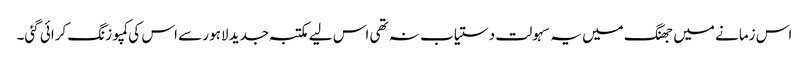
اس زمانے میں جھنگ میں یہ سہولت دستیاب نہ تھی اس لیے مکتبہ جدید لاہور سے اس کی کمپوزنگ کرائی گئی۔